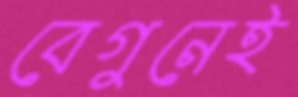
বেগুনেই